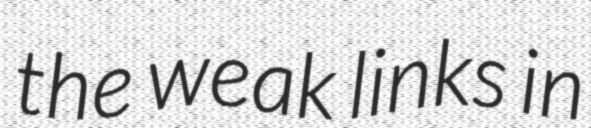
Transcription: the weak links in